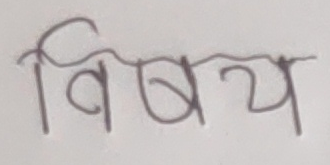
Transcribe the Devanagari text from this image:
विषय